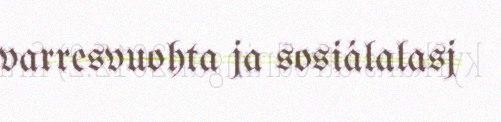
varresvuohta ja sosiálalasj